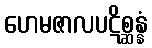
ဟေမဇာလပဋိစ္ဆန္နံ